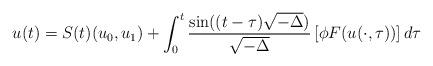
LaTeX: \begin{align*} u(t) = S(t)(u_0,u_1) + \int_0^t \frac{\sin ((t-\tau)\sqrt{-\Delta})}{\sqrt{-\Delta}} \left[\phi F(u(\cdot, \tau))\right] d\tau\end{align*}